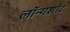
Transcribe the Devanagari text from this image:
लॉन्गशॉट